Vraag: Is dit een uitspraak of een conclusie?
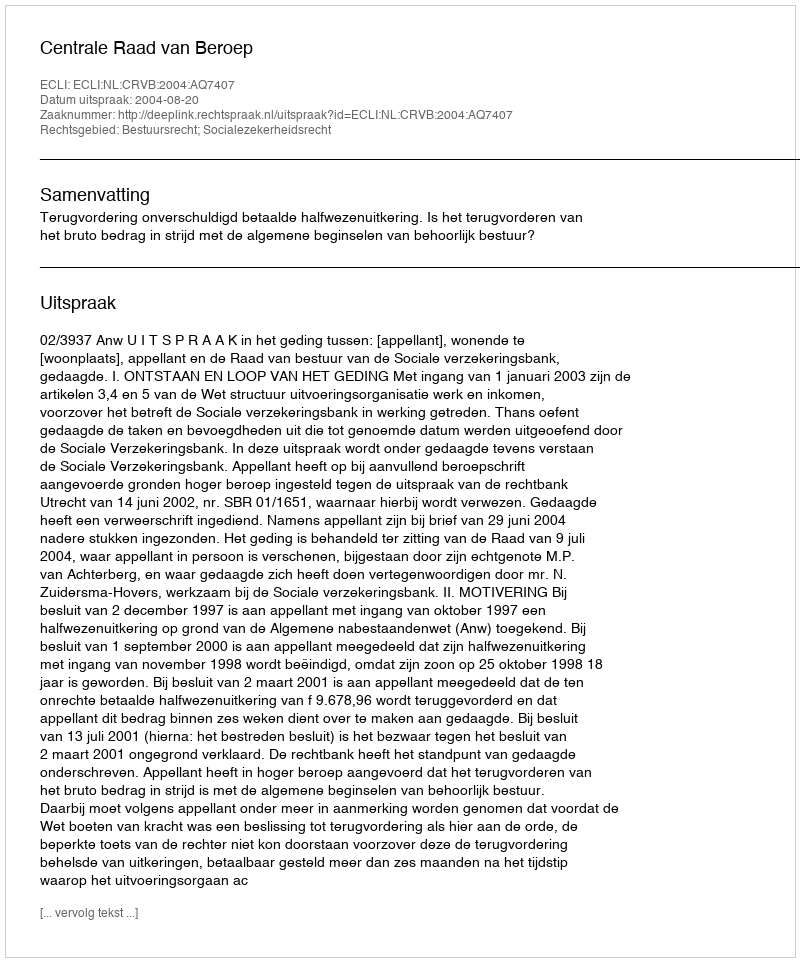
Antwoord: Uitspraak